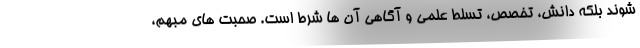
شوند بلکه دانش، تخصص، تسلطِ علمی و آگاهی آن ها شرط است. صحبت های مبهم،